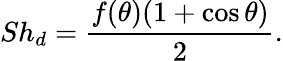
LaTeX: Sh_{d}=\frac{f(\theta)(1+\cos\theta)}{2}.